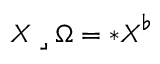
\boldsymbol { X } \mathbin { \lrcorner } \Omega = { \boldsymbol { * } } \boldsymbol { X } ^ { \flat }